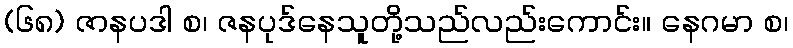
(၆၈) ဇာနပဒါ စ၊ ဇနပုဒ်နေသူတို့သည်လည်းကောင်း။ နေဂမာ စ၊